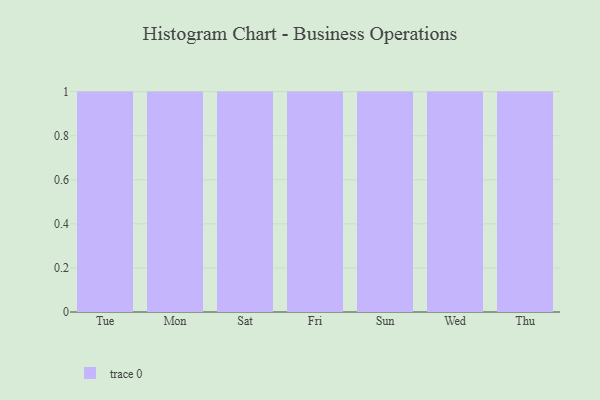
{"axis": {"x": "Day", "y": "Demand Index"}, "legend": [""], "data": [{"x": "Tue", "y": 57, "type": ""}, {"x": "Mon", "y": 78, "type": ""}, {"x": "Sat", "y": 87, "type": ""}, {"x": "Fri", "y": 13, "type": ""}, {"x": "Sun", "y": 73, "type": ""}, {"x": "Wed", "y": 85, "type": ""}, {"x": "Thu", "y": 87, "type": ""}]}